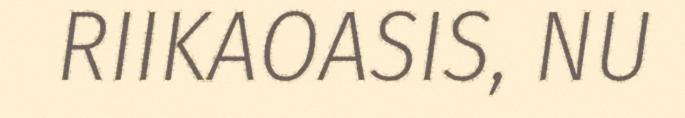
RIIKAOASIS, NU